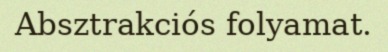
Absztrakciós folyamat.